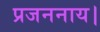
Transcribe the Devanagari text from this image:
प्रजननाय।